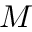
M